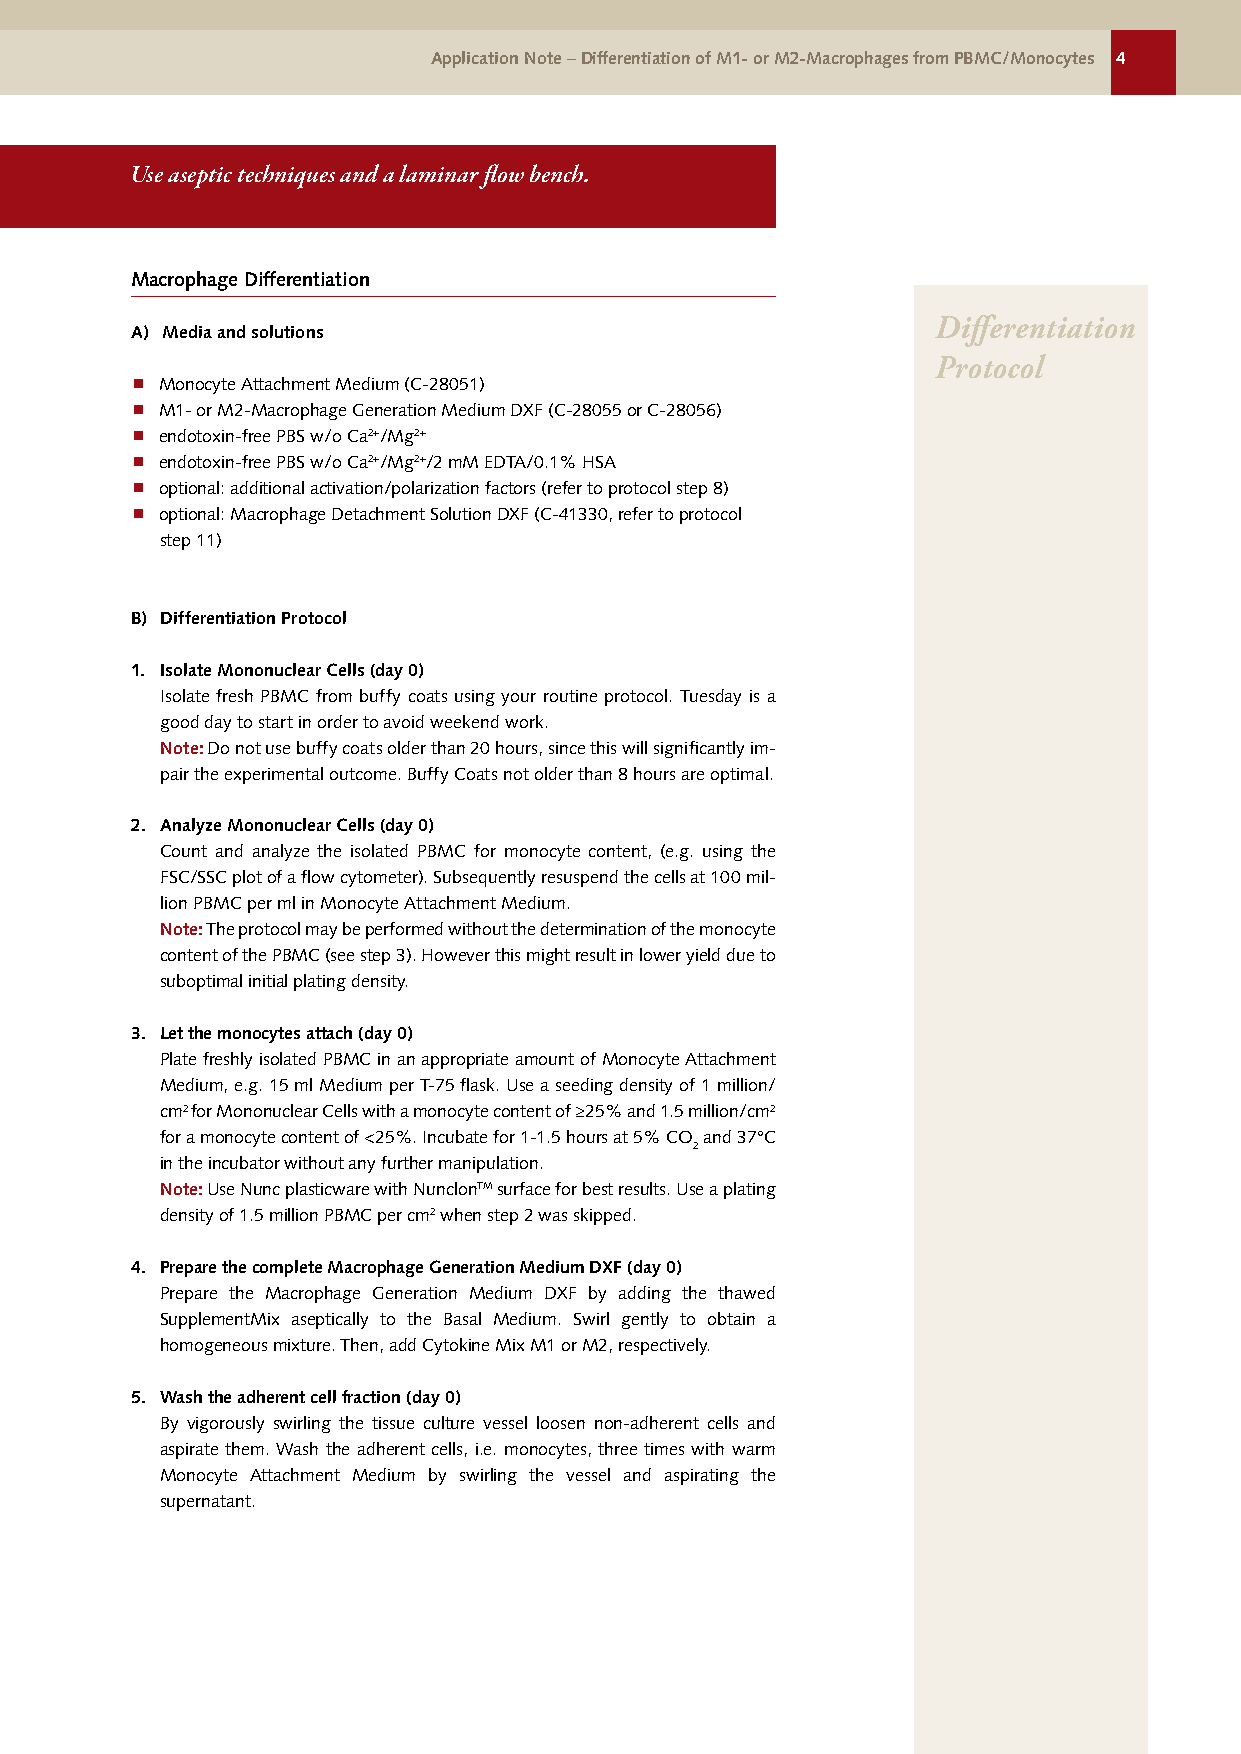
Application Note – Differentiation of M1- or M2-Macrophages from PBMC/Monocytes 4
 Use aseptic techniques and a laminar flow bench.
 Macrophage Differentiation
 Differentiation
 A) Media and solutions
 Protocol
 Monocyte Attachment Medium (C-28051)
 M1- or M2-Macrophage Generation Medium DXF (C-28055 or C-28056)
 endotoxin-free PBS w/o Ca2+/Mg2+
 endotoxin-free PBS w/o Ca2+/Mg2+/2 mM EDTA/0.1% HSA
 optional: additional activation/polarization factors (refer to protocol step 8)
 optional: Macrophage Detachment Solution DXF (C-41330, refer to protocol
 step 11)
 B) Differentiation Protocol
 1. Isolate Mononuclear Cells (day 0)
 Isolate fresh PBMC from buffy coats using your routine protocol. Tuesday is a
 good day to start in order to avoid weekend work.
 Note: Do not use buffy coats older than 20 hours, since this will significantly im-
 pair the experimental outcome. Buffy Coats not older than 8 hours are optimal.
 2. Analyze Mononuclear Cells (day 0)
 Count and analyze the isolated PBMC for monocyte content, (e.g. using the
 FSC/SSC plot of a flow cytometer). Subsequently resuspend the cells at 100 mil-
 lion PBMC per ml in Monocyte Attachment Medium.
 Note: The protocol may be performed without the determination of the monocyte
 content of the PBMC (see step 3). However this might result in lower yield due to
 suboptimal initial plating density.
 3. Let the monocytes attach (day 0)
 Plate freshly isolated PBMC in an appropriate amount of Monocyte Attachment
 Medium, e.g. 15 ml Medium per T-75 flask. Use a seeding density of 1 million/
 cm2 for Mononuclear Cells with a monocyte content of ≥25% and 1.5 million/cm2
 for a monocyte content of <25%. Incubate for 1-1.5 hours at 5% CO and 37°C
 2
 in the incubator without any further manipulation.
 Note: Use Nunc plasticware with NunclonTM surface for best results. Use a plating
 density of 1.5 million PBMC per cm2 when step 2 was skipped.
 4. Prepare the complete Macrophage Generation Medium DXF (day 0)
 Prepare the Macrophage Generation Medium DXF by adding the thawed
 SupplementMix aseptically to the Basal Medium. Swirl gently to obtain a
 homogeneous mixture. Then, add Cytokine Mix M1 or M2, respectively.
 5. Wash the adherent cell fraction (day 0)
 By vigorously swirling the tissue culture vessel loosen non-adherent cells and
 aspirate them. Wash the adherent cells, i.e. monocytes, three times with warm
 Monocyte Attachment Medium by swirling the vessel and aspirating the
 supernatant.